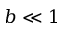
b \ll 1